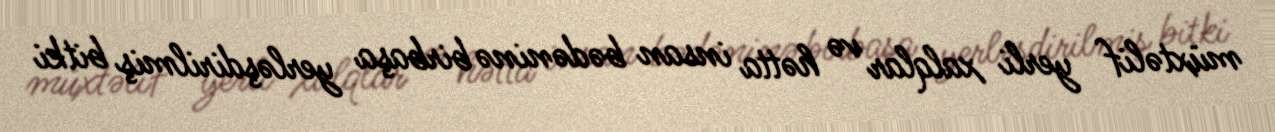
müxtəlif yerli xalqlar və hətta insan bədəninə birbaşa yerləşdirilmiş bitki